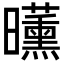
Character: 𣌕